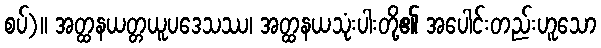
စပ်)။ အတ္ထနယတ္တယူပဒေသဿ၊ အတ္ထနယသုံးပါးတို့၏ အပေါင်းတည်းဟူသော